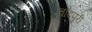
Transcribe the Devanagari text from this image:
चाँदपुरी